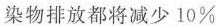
染物排放都将减少10\%